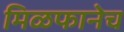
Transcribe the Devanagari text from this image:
मिळफानेच